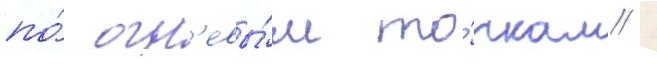
по́ огн'евы́м то́чкам /